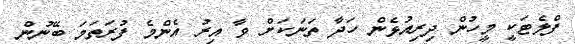
ފްލެޓަކީ މީހުން ދިރިއުޅެން ހަދާ ތަނަކަށް ވާ އިރު އެންމެ ފުރަތަމަ ބޭނުން